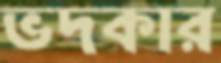
ভদকার